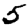
Digit: 5